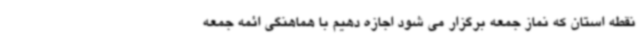
نقطه استان که نماز جمعه برگزار می شود اجازه دهیم با هماهنگی ائمه جمعه